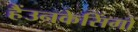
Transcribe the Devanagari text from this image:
हैंउनकेसिंगों